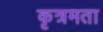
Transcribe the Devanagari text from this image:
कृत्रमता